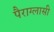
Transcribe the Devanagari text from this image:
पैराग्लासी